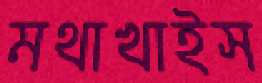
মথাখাইস